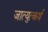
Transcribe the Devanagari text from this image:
जात्युत्कर्ष